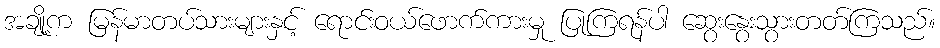
အချို့က မြန်မာတပ်သားများနှင့် ရောင်းဝယ်ဖောက်ကားမှု ပြုကြရန်ပါ ဆွေးနွေးသွားတတ်ကြသည်။